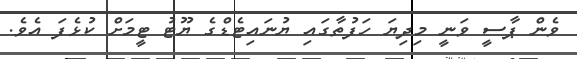
ވެން ޕާސީ ވަނީ މިދިޔަ ހަފުތާގައި ޔުނައިޓެޑްގެ ޔޫޓު ޓީމަށް ކުޅެފަ އެވެ.